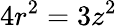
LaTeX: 4r^{2}=3z^{2}